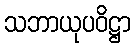
သဘာယုပဝိဋ္ဌာ